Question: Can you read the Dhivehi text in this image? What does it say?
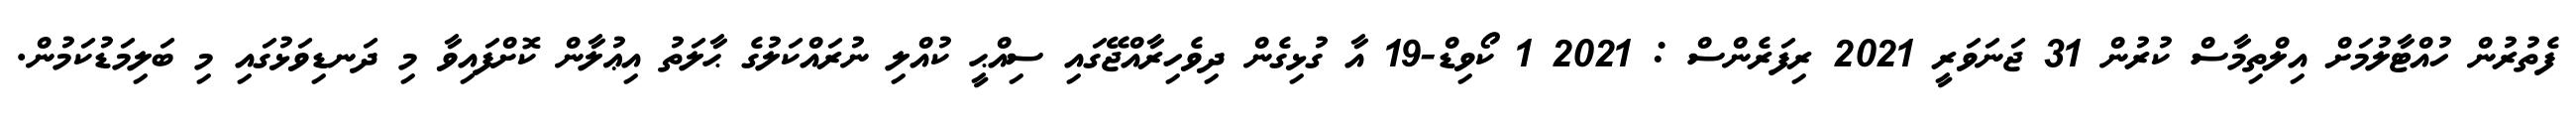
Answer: ފެތުރުން ހުއްޓާލުމަށް އިލްތިމާސް ކުރުން 31 ޖަނަވަރީ 2021 ރިފަރެންސް : 2021 1 ކޯވިޑް-19 އާ ގުޅިގެން ދިވެހިރާއްޖޭގައި ސިއްޙީ ކުއްލި ނުރައްކަލުގެ ޙާލަތު އިޢުލާން ކޮށްފައިވާ މި ދަނޑިވަޅުގައި މި ބަލިމަޑުކަމުން.